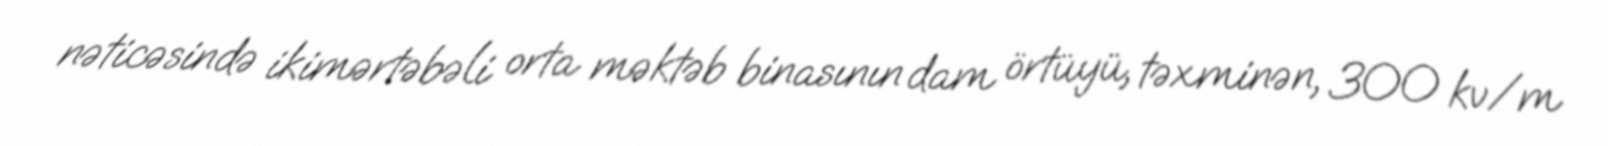
nəticəsində ikimərtəbəli orta məktəb binasının dam örtüyü, təxminən, 300 kv/m